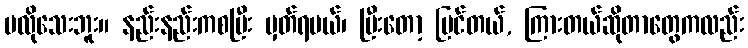
မလိုသေးဘူး။ နည်းနည်းကစပြီး မှတ်ရမယ်၊ ပြီးတော့ မြင်တယ်, ကြားတယ်ဆိုတာတွေကလည်း